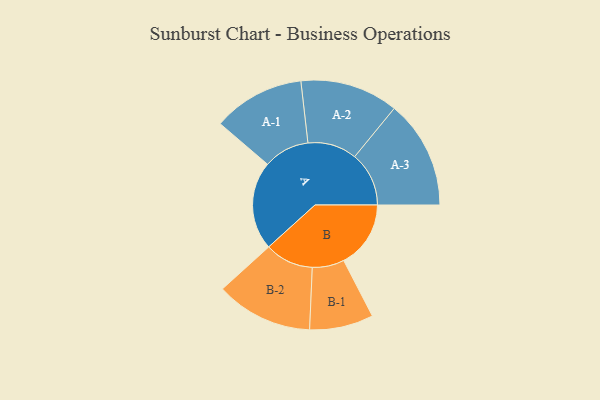
{"axis": {"x": "Segment", "y": "Value"}, "legend": ["", "A", "B"], "data": [{"x": "A", "y": 469, "type": ""}, {"x": "B", "y": 355, "type": ""}, {"x": "A-1", "y": 243, "type": "A"}, {"x": "A-2", "y": 260, "type": "A"}, {"x": "A-3", "y": 287, "type": "A"}, {"x": "B-1", "y": 169, "type": "B"}, {"x": "B-2", "y": 257, "type": "B"}]}